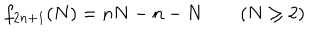
LaTeX: f _ { 2 n + 1 } ( N ) = n N - n - N \qquad ( N \geq 2 )